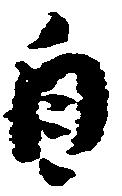
自